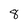
Character: 8